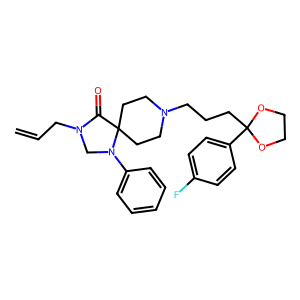
SMILES: C=CCN1CN(c2ccccc2)C2(CCN(CCCC3(c4ccc(F)cc4)OCCO3)CC2)C1=O
Inhibits HIV replication: No